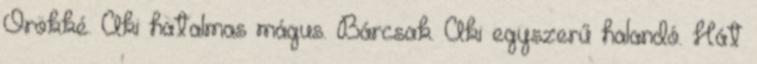
Örökké. Aki hatalmas mágus. Bárcsak. Aki egyszerű halandó. Hát